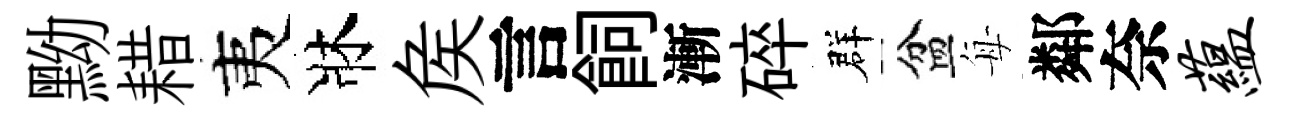
黝耤夷牀矦言飼漸碎群盆每鄰奈蕴